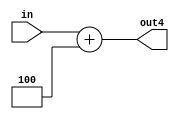
module add4(in,out4);
	input [31:0] in;
	output [31:0] out4;
	
	assign out4 = in+4;
endmodule